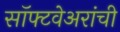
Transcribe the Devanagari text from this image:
सॉफ्टवेअरांची